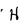
Character: H